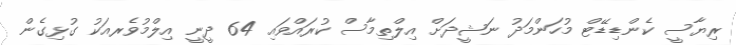
ރިޔާސީ ކެންޑިޑޭޓް މުހަންމަދު ނަޝީދަށް އިލްތިމާސް ކުރައްވައި 64 ދީނީ އިލްމުވެރއަކު ގުޅިގެން